Indian journal of veterinary science and animal husbandry - Volumes 22-23, 1952-1953
Year: 1952
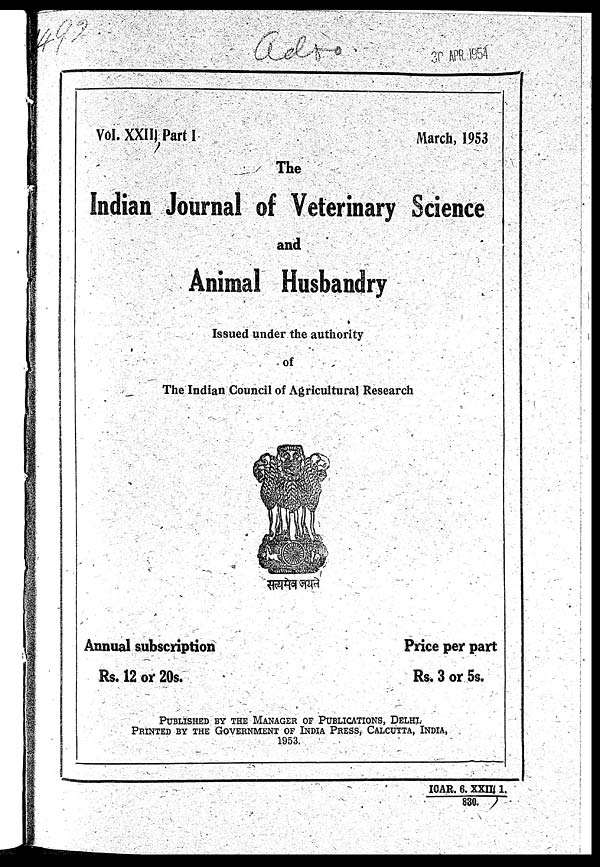
Vol XXIII, Part I
March, 1953
The
Indian Journal of Veterinary Science
and
Animal Husbandry
Issued under the authority
of
The Indian Council of Agricultural Research
Annual subscription
Rs. 12 or 20s.
Price per part
Rs. 3 or 5s.
PUBLISHED BY THE MANAGER OF PUBLICATIONS, DELHI.
PRINTED BY THE GOVERNMENT OF INDIA PRESS, CALCUTTA, IND
1953.
ICAR. 6. XXII. 1.
830.